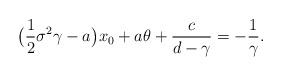
LaTeX: \begin{align*}\big(\frac{1}{2}\sigma^2\gamma-a\big)x_0+a\theta+\frac{c}{d-\gamma}=-\frac{1}{\gamma}.\end{align*}